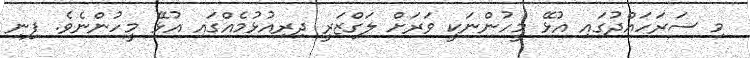
މި ސަރަހައްދުގައި އުޅޭ މީހުންނަކީ ވަރަށް ލަގްޒަރީ ދިރިއުޅުމެއްގައި އުޅޭ މީހުންނެވެ. ފިނި